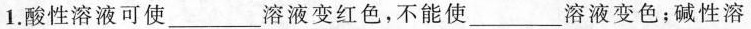
1.酸性溶液可使___溶液变红色，不能使___溶液变色；碱性溶